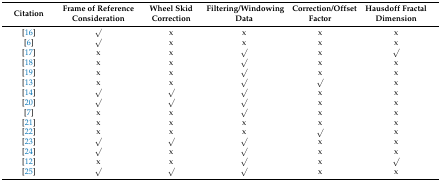
| Citation | Frame of Reference Consideration | Wheel Skid Correction | Filtering/Windowing Data | Correction/Offset Factor | Hausdoff Fractal Dimension |
 | --- | --- | --- | --- | --- | --- |
 | [16] | √ | x | x | x | x |
 | [6] | √ | x | x | x | x |
 | [17] | x | x | √ | x | √ |
 | [18] | x | x | √ | x | x |
 | [19] | x | x | √ | x | x |
 | [13] | x | x | √ | √ | x |
 | [14] | √ | √ | √ | x | x |
 | [20] | √ | √ | √ | x | x |
 | [7] | x | x | √ | x | x |
 | [21] | x | x | x | x | x |
 | [22] | x | x | x | √ | x |
 | [23] | √ | √ | √ | x | x |
 | [24] | √ | x | √ | x | x |
 | [12] | x | x | √ | x | √ |
 | [25] | √ | √ | √ | x | x |